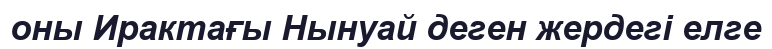
оны Ирактағы Нынуай деген жердегі елге